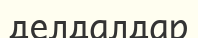
делдалдар